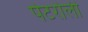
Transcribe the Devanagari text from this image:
पेटरोली